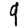
Digit: 9